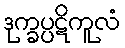
ဒုက္ခပ္ပဋိကူလံ